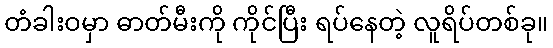
တံခါးဝမှာ ဓာတ်မီးကို ကိုင်ပြီး ရပ်နေတဲ့ လူရိပ်တစ်ခု။